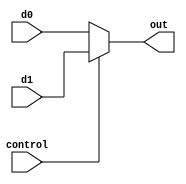
module mux (
  input control,
  input [31:0] d0,
  input [31:0] d1,
  output [31:0] out
  );
 
  assign out = control ? d1 : d0;
  
endmodule